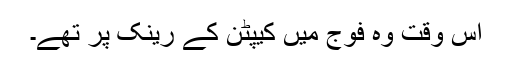
اس وقت وہ فوج میں کیپٹن کے رینک پر تھے۔